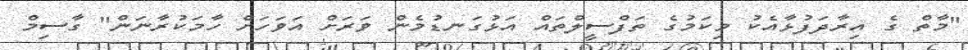
"މާތް ގެ އިރާދަފުޅާއެކު މިކަމުގެ ތަފްސީލްތައް އަޅުގަނޑުމެން ވަރަށް އަވަހަށް ހާމަކުރާނަން" ގާސިމް